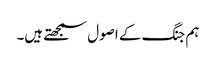
ہم جنگ کے اصول سمجھتے ہیں۔